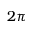
2 \pi